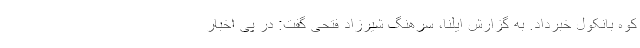
کوه بانکول خبرداد. به گزارش ایلنا، سرهنگ شیرزاد فتحی گفت: در پی اخبار